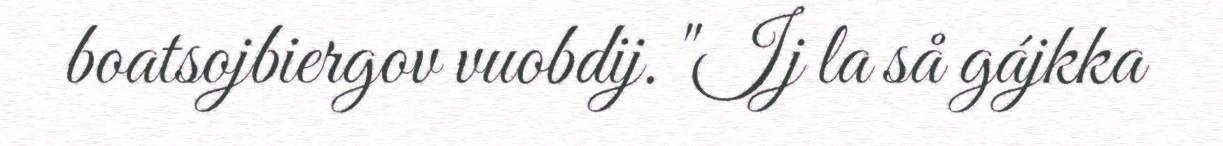
boatsojbiergov vuobdij. "Ij la så gájkka